Report of the Indian Hemp Drugs Commission, 1894-1895 - Volume IV
Year: 1894
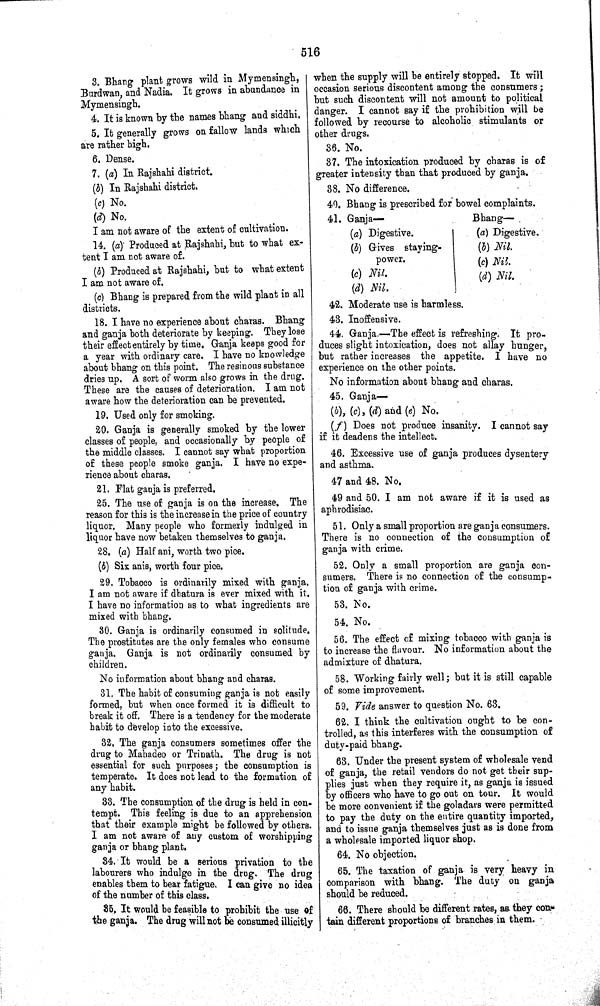
516
3. Bhang plant grows wild in Mymensingh,
Burdwan, and Nadia. It grows in abundance in
Mymensingh.
4. It is known by the names bhang and siddhi.
5. It generally grows on fallow lands which
are rather high.
6. Dense.
7. (a) In Rajshahi district.
(b) In Rajshahi district.
(c) No.
(d) No.
I am not aware of the extent of cultivation.
14. (a) Produced at Rajshahi, but to what ex-
tent I am not aware of.
(b) Produced at Rajshahi, but to what extent
I am not aware of.
(c) Bhang is prepared from the wild plant in all
districts.
18. I have no experience about charas. Bhang
and ganja both deteriorate by keeping. They lose
their effect entirely by time. Ganja keeps good for
a year with ordinary care. I have no knowledge
about bhang on this point. The resinous substance
dries up. A sort of worm also grows in the drug.
These are the causes of deterioration. I am not
aware how the deterioration can be prevented.
19. Used only for smoking.
20. Ganja is generally smoked by the lower
classes of people, and occasionally by people of
the middle classes. I cannot say what proportion
of these people smoke ganja. I have no expe-
rience about charas.
21. Flat ganja is preferred.
25. The use of ganja is on the increase. The
reason for this is the increase in the price of country
liquor. Many people who formerly indulged in
liquor have now betaken themselves to ganja.
28. (a) Half ani, worth two pice.
(b) Six anis, worth four pice.
29. Tobacco is ordinarily mixed with ganja.
I am not aware if dhatura is ever mixed with it.
I have no information as to what ingredients are
mixed with bhang.
30. Ganja is ordinarily consumed in solitude.
The prostitutes are the only females who consume
ganja. Ganja is not ordinarily consumed by
children.
No information about bhang and charas.
31. The habit of consuming ganja is not easily
formed, but when once formed it is difficult to
break it off. There is a tendency for the moderate
habit to develop into the excessive.
32. The ganja consumers sometimes offer the
drug to Mahadeo or Trinath. The drug is not
essential for such purposes; the consumption is
temperate. It does not lead to the formation of
any habit.
33. The consumption of the drug is held in con-
tempt. This feeling is due to an apprehension
that their example might be followed by others.
I am not aware of any custom of worshipping
ganja or bhang plant.
34. It would be a serious privation to the
labourers who indulge in the drug. The drug
enables them to bear fatigue. I can give no idea
of the number of this class.
35. It would be feasible to prohibit the use of
the ganja. The drug will not be consumed illicitly
when the supply will be entirely stopped. It will
occasion serious discontent among the consumers;
but such discontent will not amount to political
danger. I cannot say if the prohibition will be
followed by recourse to alcoholic stimulants or
other drugs.
36. No.
37. The intoxication produced by charas is of
greater intensity than that produced by ganja.
38. No difference.
40. Bhang is prescribed for bowel complaints.
41. Ganja—
Bhang—
(a) Digestive.
(a) Digestive.
(b) Gives staying-
(b) Nil.
power.
(c) Nil.
(c) Nil.
(d) Nil.
(d) Nil.
42. Moderate use is harmless.
43. Inoffensive.
44. Ganja.—The effect is refreshing. It pro-
duces slight intoxication, does not allay hunger,
but rather increases the appetite. I have no
experience on the other points.
No information about bhang and charas.
45. Ganja—
(b), (c), (d) and (e) No.
(f) Does not produce insanity. I cannot say
if it deadens the intellect.
46. Excessive use of ganja produces dysentery
and asthma.
47 and 48. No.
49 and 50. I am not aware if it is used as
aphrodisiac.
51. Only a small proportion are ganja consumers.
There is no connection of the consumption of
ganja with crime.
52. Only a small proportion are ganja con-
sumers. There is no connection of the consump-
tion of ganja with crime.
53. No.
54. No.
56. The effect of mixing tobacco with ganja is
to increase the flavour. No information about the
admixture of dhatura.
58. Working fairly well; but it is still capable
of some improvement.
59. Vide answer to question No. 63.
62. I think the cultivation ought to be con-
trolled, as this interferes with the consumption of
duty-paid bhang.
63. Under the present system of wholesale vend
of ganja, the retail vendors do not get their sup-
plies just when they require it, as ganja is issued
by officers who have to go out on tour. It would
be more convenient if the goladars were permitted
to pay the duty on the entire quantity imported,
and to issue ganja themselves just as is done from
a wholesale imported liquor shop.
64. No objection.
65. The taxation of ganja is very heavy in
comparison with bhang. The duty on ganja
should be reduced.
66. There should be different rates, as they con-
tain different proportions of branches in them.